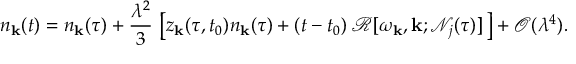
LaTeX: n _ { \mathbf { k } } ( t ) = n _ { \mathbf { k } } ( \tau ) + \frac { \lambda ^ { 2 } } { 3 } \, \left[ z _ { \mathbf { k } } ( \tau , t _ { 0 } ) n _ { \mathbf { k } } ( \tau ) + ( t - t _ { 0 } ) \, \mathcal { R } [ \omega _ { \mathbf { k } } , \mathbf { k } ; \mathcal { N } _ { j } ( \tau ) ] \, \right] + \mathcal { O } ( \lambda ^ { 4 } ) .